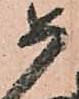
如